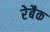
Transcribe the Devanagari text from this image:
रेबैक